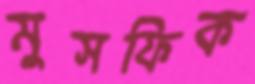
মুসফিক